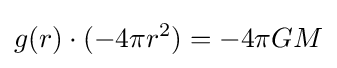
g(r)\cdot (-4\pi r^{2})=-4\pi GM